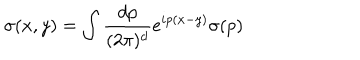
LaTeX: \sigma ( x , y ) = \int { \frac { d p } { ( 2 \pi ) ^ { d } } } e ^ { i p ( x - y ) } \sigma ( p )